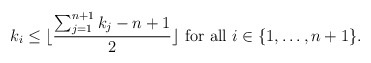
\begin{align*} k_i \le \lfloor \frac{\sum_{j=1}^{n+1} k_j -n+1}{2} \rfloor \ \mathrm{ for\ all}\ i \in \{1, \ldots, n+1\}.\end{align*}